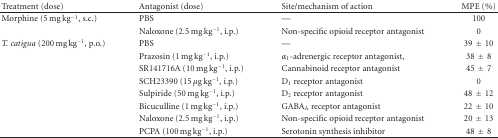
<table><thead><tr><td><b>Treatment (dose)</b></td><td><b>Antagonist (dose)</b></td><td><b>Site/mechanism of action</b></td><td><b>MPE (%)</b></td></tr></thead><tbody><tr><td>Morphine (5 mg kg<sup>−1</sup>, s.c.)</td><td>PBS</td><td>—</td><td>100</td></tr><tr><td></td><td>Naloxone (2.5 mg kg<sup>−1</sup>, i.p.)</td><td>Non-specific opioid receptor antagonist</td><td>0</td></tr><tr><td><i>T. catigua</i> (200 mg kg<sup>−1</sup>, p.o.)</td><td>PBS</td><td>—</td><td>39±10</td></tr><tr><td></td><td>Prazosin (1 mg kg<sup>−1</sup>, i.p.)</td><td><i>α</i><sub>1</sub>-adrenergic receptor antagonist,</td><td>38±8</td></tr><tr><td></td><td>SR141716A (10 mg kg<sup>−1</sup>, i.p.)</td><td>Cannabinoid receptor antagonist</td><td>45±7</td></tr><tr><td></td><td>SCH23390 (15 <i>μ</i>g kg<sup>−1</sup>, i.p.)</td><td>D<sub>1</sub> receptor antagonist</td><td>0</td></tr><tr><td></td><td>Sulpiride (50 mg kg<sup>−1</sup>, i.p.)</td><td>D<sub>2</sub> receptor antagonist</td><td>48±12</td></tr><tr><td></td><td>Bicuculline (1 mg kg<sup>−1</sup>, i.p.)</td><td>GABA<sub>A</sub> receptor antagonist</td><td>22±10</td></tr><tr><td></td><td>Naloxone (2.5 mg kg<sup>−1</sup>, i.p.)</td><td>Non-specific opioid receptor antagonist</td><td>20±13</td></tr><tr><td></td><td>PCPA (100 mg kg<sup>−1</sup>, i.p.)</td><td>Serotonin synthesis inhibitor</td><td>48±8</td></tr></tbody></table>